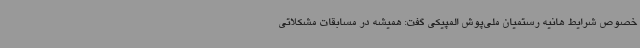
خصوص شرایط هانیه رستمیان ملی‌پوش المپیکی گفت: همیشه در مسابقات مشکلاتی